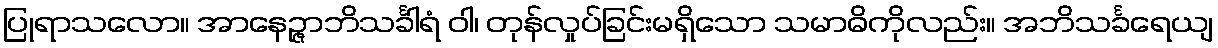
ပြုရာသလော။ အာနေဉ္ဇာဘိသင်္ခါရံ ဝါ၊ တုန်လှုပ်ခြင်းမရှိသော သမာဓိကိုလည်း။ အဘိသင်္ခရေယျ